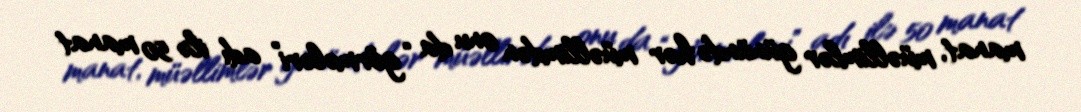
manat, müəllimlər günündə hər müəllimdən onu da “görmələri” adı ilə 50 manat